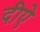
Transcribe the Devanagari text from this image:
दीऐ